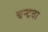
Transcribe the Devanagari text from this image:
चन्द्रवा